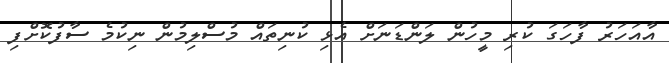
އާއަހަރު ފާހަގަ ކުރި މީހުން ލަންޑަނަށް އެޅި ކުނިތައް މުސްލިމުން ނިކުމެ ސާފުކޮށްފި